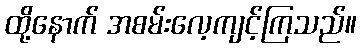
ထို့နောက် အစမ်းလေ့ကျင့်ကြသည်။